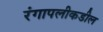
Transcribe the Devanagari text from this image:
रंगापलीकडील